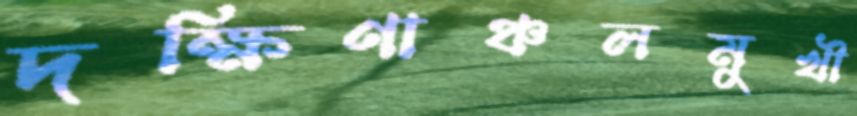
দক্ষিণাঞ্চলমুখী